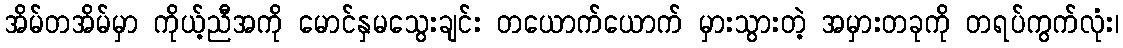
အိမ်တအိမ်မှာ ကိုယ့်ညီအကို မောင်နှမသွေးချင်း တယောက်ယောက် မှားသွားတဲ့ အမှားတခုကို တရပ်ကွက်လုံး၊